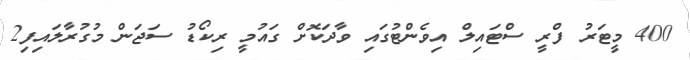
400 މީޓަރު ފްރީ ސްޓައިލް އިވެންޓުގައި ވާދަކޮށް ގައުމީ ރިކޯޑު ސަޖަން މުގުރާލައިފި2